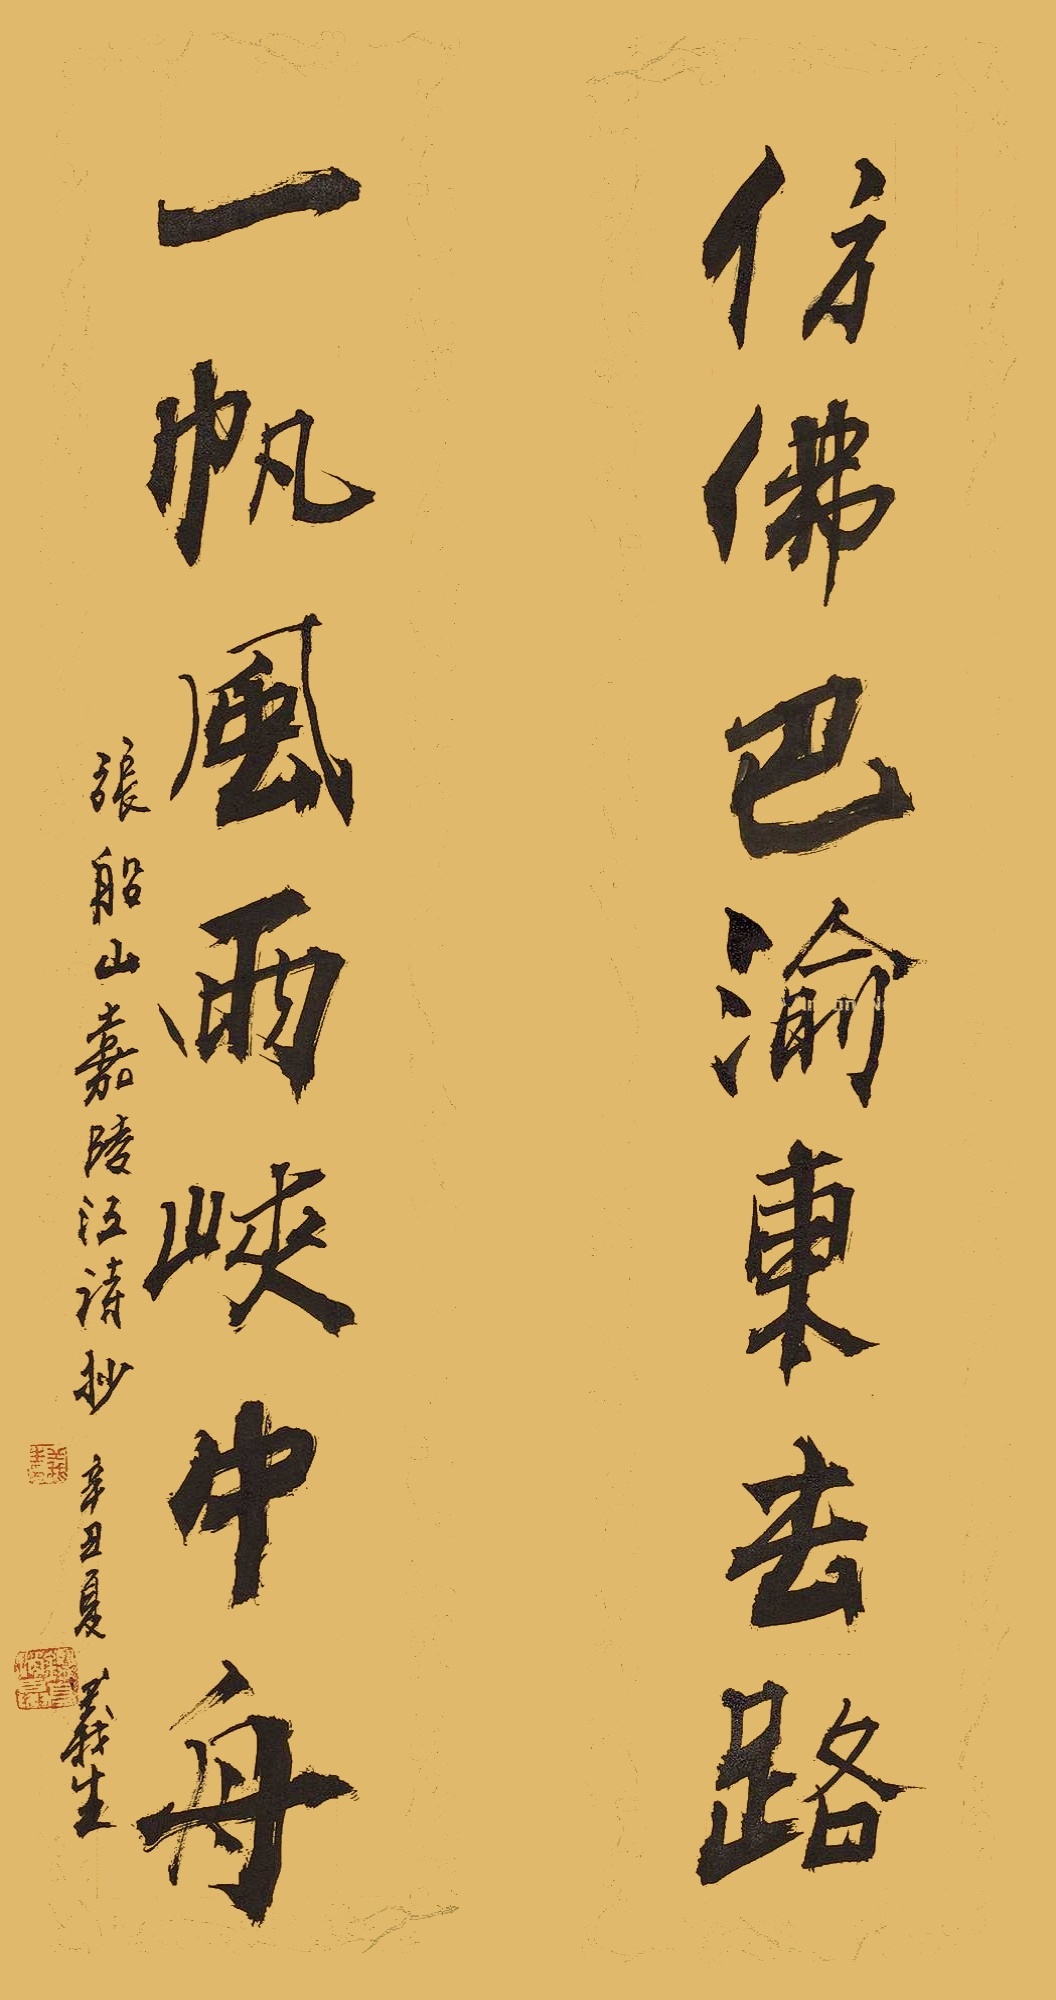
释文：仿佛巴渝东去路，一帆风雨峡中舟。张船山嘉陵江诗抄。辛丑夏。义生。